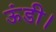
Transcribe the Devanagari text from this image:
ऊंडी।